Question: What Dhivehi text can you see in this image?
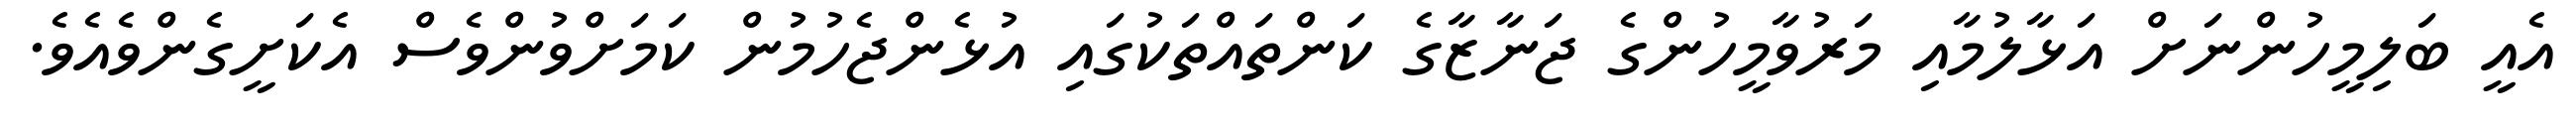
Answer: އެއީ ބަލިމީހުންނަށް އަޅާލުމާއި މަރުވާމީހުންގެ ޖަނާޒާގެ ކަންތައްތަކުގައި އުޅެންޖެހުމުން ކަމަށްވުންވެސް އެކަށީގެންވެއެވެ.